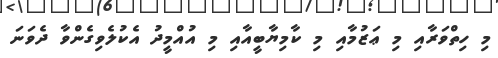
މި ހިތްވަރާއި މި ޢަޒުމާއި މި ކާމިޔާބީއާއި މި އުއްމީދު އެކުލެވިގެންވާ ދެވަނަ